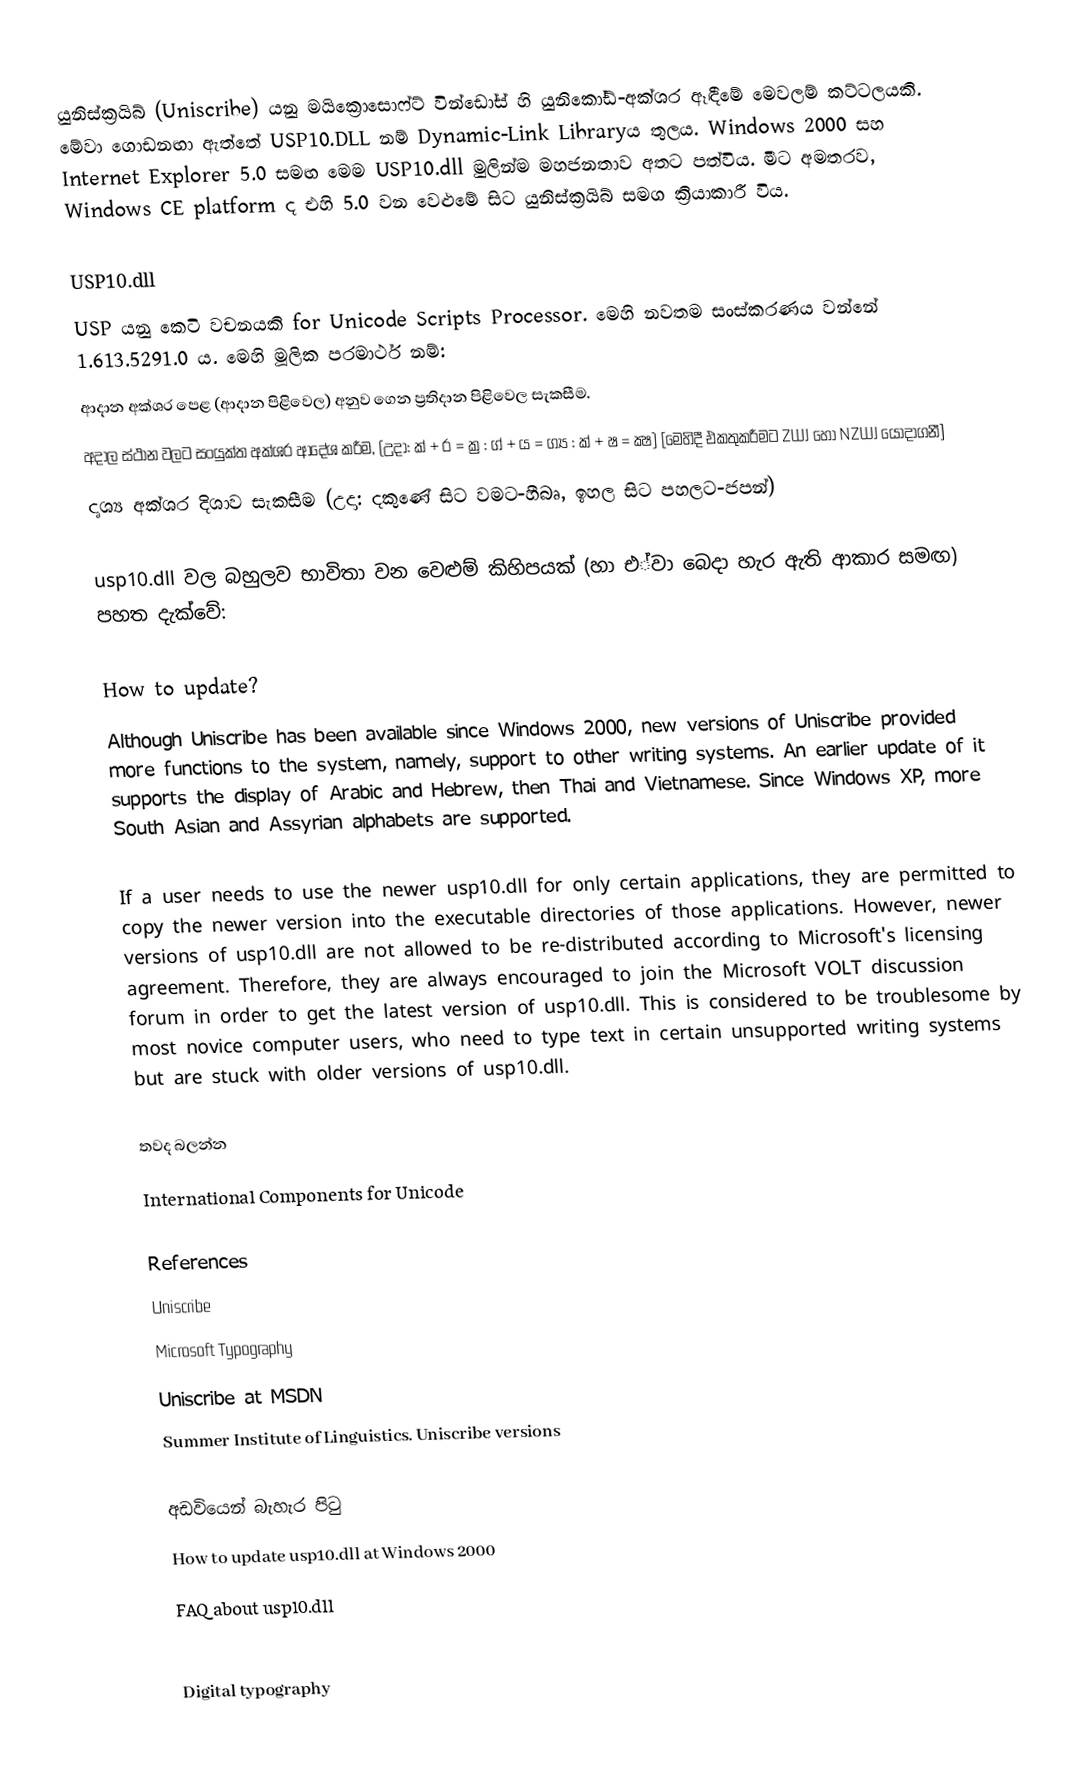
යුනිස්ක්‍රයිබ්  (Uniscribe) යනු මයික්‍රොසොෆ්ට් වින්ඩෝස් හි යුනිකෝඩ්-අක්ශර ඈඳීමේ මෙවලම් කට්ටලයකි. මේවා ගොඩනඟා ඇත්තේ USP10.DLL නම් Dynamic-Link Libraryය තුලය. Windows 2000 සහ Internet Explorer 5.0 සමඟ මෙම  USP10.dll මුලින්ම මහජනතාව අතට පත්විය.  මීට අමතරව, Windows CE platform ද එහි 5.0 වන වෙළුමේ සිට යුනිස්ක්‍රයිබ් සමග ක්‍රියාකාරී විය.

USP10.dll
USP යනු කෙටි වචනයකි for Unicode Scripts Processor.  මෙහි නවතම සංස්කරණය වන්නේ 1.613.5291.0 ය. මෙහි මූලික පරමාර්ථ නම්:
 ආදාන අක්ශර පෙළ (ආදාන පිළිවෙල) අනුව ගෙන ප්‍රතිදාන පිළිවෙල සැකසීම.
 අදාල ස්ථාන වලට සංයුක්ත අක්ශර ආදේශ කරීම, (උදා: ක් + ර = ක්‍ර : ග් + ය = ග්‍ය : ක් + ෂ = ක්‍ෂ) [මෙහිදී එකතුකරීමට ZWJ හෝ NZWJ යොදාගනී]
 දෘශ්‍ය අක්ශර දිශාව සැකසීම (උදා: දකුණේ සිට වමට-හීබෘ, ඉහල සිට පහලට-ජපන්)

usp10.dll වල බහුලව භාවිතා වන වෙළුම් කිහිපයක් (හා එ්වා බෙදා හැර ඇති ආකාර සමඟ) පහත දැක්වේ:

How to update?
Although Uniscribe has been available since Windows 2000, new versions of Uniscribe provided more functions to the system, namely, support to other writing systems.  An earlier update of it supports the display of Arabic and Hebrew, then Thai and Vietnamese.  Since Windows XP, more South Asian and Assyrian alphabets are supported.

If a user needs to use the newer usp10.dll for only certain applications, they are permitted to copy the newer version into the executable directories of those applications.  However, newer versions of usp10.dll are not allowed to be re-distributed according to Microsoft's licensing agreement.  Therefore, they are always encouraged to join the Microsoft VOLT discussion forum in order to get the latest version of usp10.dll.  This is considered to be troublesome by most novice computer users, who need to type text in certain unsupported writing systems but are stuck with older versions of usp10.dll.

තවද බලන්න
 International Components for Unicode

References
 Uniscribe
 Microsoft Typography
 Uniscribe at MSDN
 Summer Institute of Linguistics. Uniscribe versions

අඩවියෙන් බැහැර පිටු
 How to update usp10.dll at Windows 2000
 FAQ about usp10.dll

Digital typography